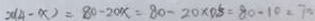
2 0 ( 4 - x ) = 8 0 - 2 0 x = 8 0 - 2 0 \times 0 . 8 = 8 0 - 1 0 = 7 0